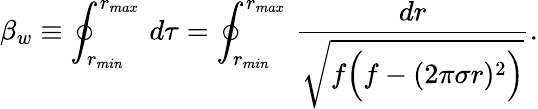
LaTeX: \beta_{w}\equiv\oint_{r_{min}}^{r_{max}}\, d\tau=\oint_{r_{min}}^{r_{max}}\, {\frac{dr}{\sqrt{f\Big(f-(2\pi\sigma r)^{2}\Big)}}}.